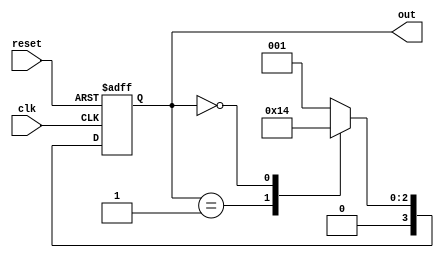
module ring_counter #(
    parameter N = 4  // Number of states (flip-flops)
)(
    input wire clk,       // Clock signal
    input wire reset,     // Asynchronous reset signal
    output reg [N-1:0] out // Output representing the current state
);

// Internal signal to hold the next state
reg [N-1:0] next_state;

// Sequential logic for the ring counter
always @(posedge clk or posedge reset) begin
    if (reset) begin
        // Initialize to the first state (only the first flip-flop is set)
        out <= 1'b1 << 0; // Set the first flip-flop to '1'
    end else begin
        // Update the state on the rising edge of the clock
        out <= next_state;
    end
end

// Combinational logic to determine the next state
always @(*) begin
    case (out)
        1'b1 << 0: next_state = 1'b1 << 1; // 0001 -> 0010
        1'b1 << 1: next_state = 1'b1 << 2; // 0010 -> 0100
        1'b1 << 2: next_state = 1'b1 << 3; // 0100 -> 1000
        1'b1 << 3: next_state = 1'b1 << 0; // 1000 -> 0001
        default:   next_state = 1'b1 << 0; // Default case (should not occur)
    endcase
end

endmodule